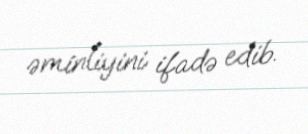
əminliyini ifadə edib.